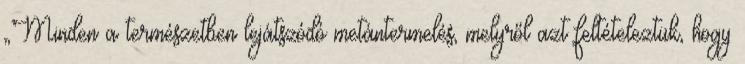
„Minden a természetben lejátszódó metántermelés, melyről azt feltételeztük, hogy